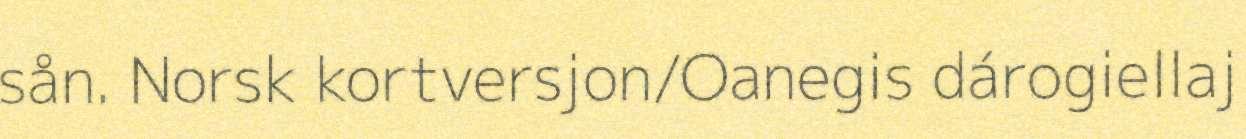
sån. Norsk kortversjon/Oanegis dárogiellaj